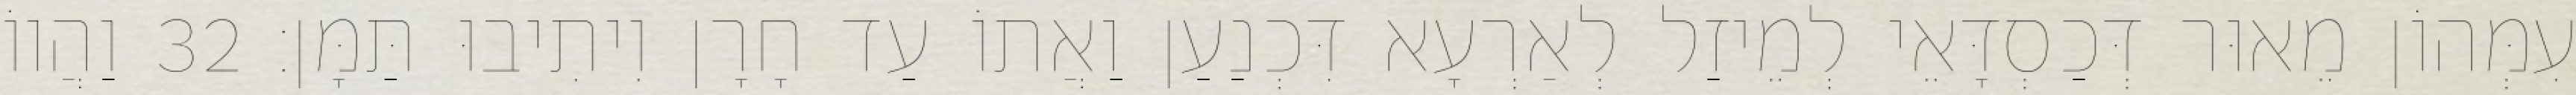
עִמְּהוֹן מֵאוּר דְּכַסְדָּאֵי לְמֵיזַל לְאַרְעָא דִּכְנַעַן וַאֲתוֹ עַד חָרָן וִיתִיבוּ תַּמָּן׃ 32 וַהֲווֹ